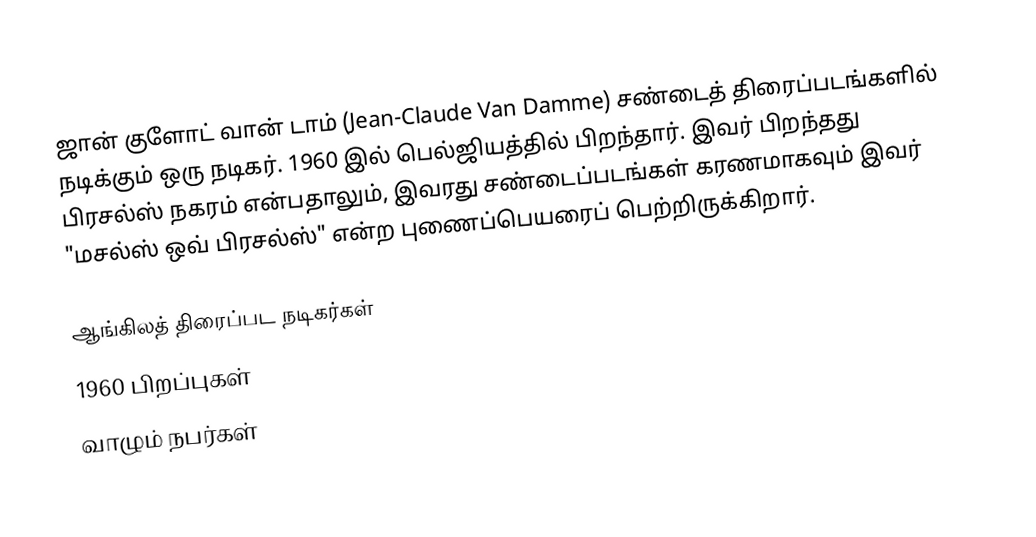
ஜான் குளோட் வான் டாம் (Jean-Claude Van Damme) சண்டைத் திரைப்படங்களில் நடிக்கும் ஒரு நடிகர். 1960 இல் பெல்ஜியத்தில் பிறந்தார். இவர் பிறந்தது பிரசல்ஸ் நகரம் என்பதாலும், இவரது சண்டைப்படங்கள் கரணமாகவும் இவர் "மசல்ஸ் ஒவ் பிரசல்ஸ்" என்ற புணைப்பெயரைப் பெற்றிருக்கிறார்.

ஆங்கிலத் திரைப்பட நடிகர்கள்
1960 பிறப்புகள்
வாழும் நபர்கள்